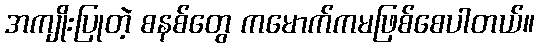
အကျိုးပြုတဲ့ စနစ်တွေ ကမောက်ကမဖြစ်စေပါတယ်။